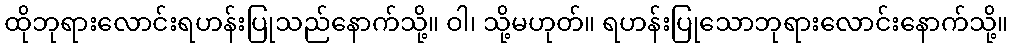
ထိုဘုရားလောင်းရဟန်းပြုသည်နောက်သို့။ ဝါ၊ သို့မဟုတ်။ ရဟန်းပြုသောဘုရားလောင်းနောက်သို့။